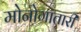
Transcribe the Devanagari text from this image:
मोनोगातारी